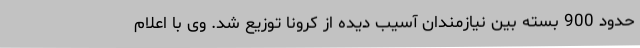
حدود 900 بسته بین نیازمندان آسیب دیده از کرونا توزیع شد. وی با اعلام